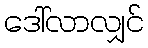
ဒေါ်လာလျှင်